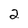
Character: 2